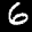
Label: 6